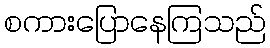
စကားပြောနေကြသည်